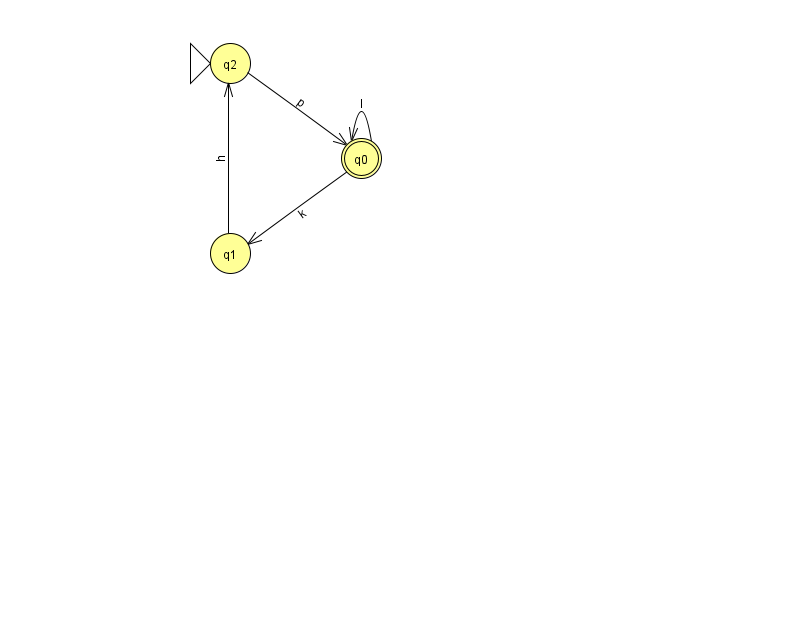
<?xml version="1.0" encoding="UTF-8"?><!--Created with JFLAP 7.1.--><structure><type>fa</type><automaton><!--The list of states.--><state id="0" name="q0"><x>361.0</x><y>145.0</y><final/></state><state id="1" name="q1"><x>230.0</x><y>240.0</y></state><state id="2" name="q2"><x>230.0</x><y>50.0</y><initial/></state><!--The list of transitions.--><transition><from>2</from><to>0</to><read>p</read></transition><transition><from>0</from><to>0</to><read>l</read></transition><transition><from>1</from><to>2</to><read>h</read></transition><transition><from>0</from><to>1</to><read>k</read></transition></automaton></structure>